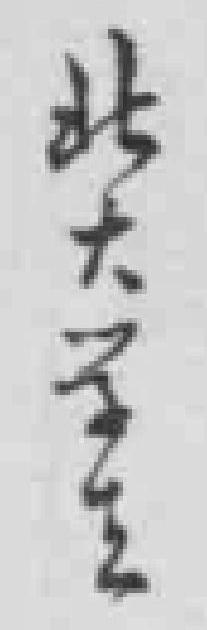
北大学生